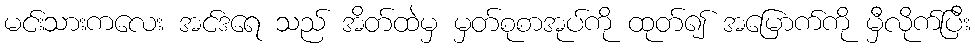
မင်းသားကလေး အင်ဒရေ သည် အိတ်ထဲမှ မှတ်စုစာအုပ်ကို ထုတ်၍ အမြောက်ကို မှီလိုက်ပြီး